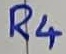
Text: R4